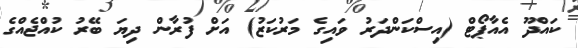
ކައްދޫ އެއާޕޯޓް (އިސްކަންދަރު ވައިގެ މަރުކަޒު) އަށް ފުރާން ދިޔަ ބޭރު ކުއްޖެއްގެ